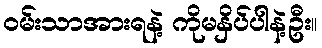
ဝမ်းသာအားရနဲ့ ကိုမနှိပ်ပါနဲ့ဦး။